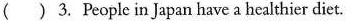
()3. People in Japan have a healthier diet.